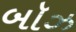
બૉઝ